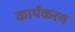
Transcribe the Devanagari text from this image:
कार्यकरम